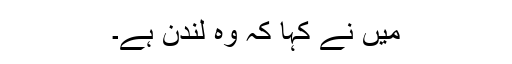
میں نے کہا کہ وہ لندن ہے۔